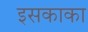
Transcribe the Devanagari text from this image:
इसकाका